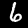
Label: 6